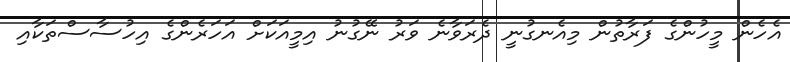
އެހެން މީހުންގެ ފަރާތުން މިއެނގުނީ ދެރަވާނެ ވަރު ނޭގުނު އިމީއަކަށް އަހަރެންގެ އިހުސާސްތަކާއި